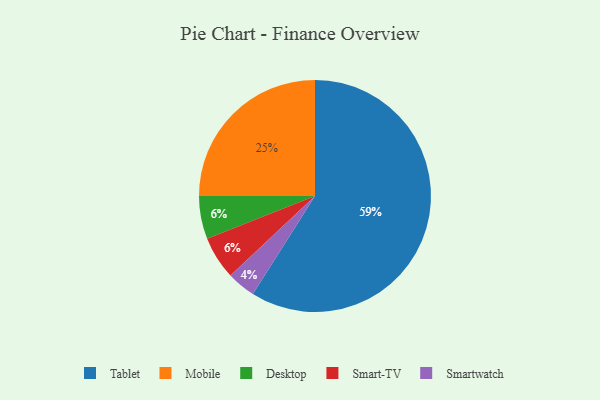
{"axis": {"x": "Category", "y": "Percentage"}, "legend": ["Desktop", "Mobile", "Smart-TV", "Smartwatch", "Tablet"], "data": [{"x": "Desktop", "y": 6, "type": "Desktop"}, {"x": "Smartwatch", "y": 4, "type": "Smartwatch"}, {"x": "Mobile", "y": 25, "type": "Mobile"}, {"x": "Smart-TV", "y": 6, "type": "Smart-TV"}, {"x": "Tablet", "y": 59, "type": "Tablet"}]}